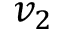
v _ { 2 }